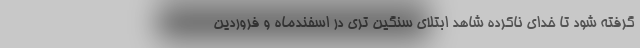
گرفته شود تا خدای ناکرده شاهد ابتلای سنگین تری در اسفندماه و فروردین